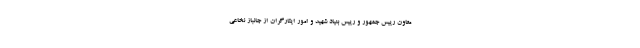
معاون رییس جمهور و رییس بنیاد شهید و امور ایثارگران از جانباز نخاعی